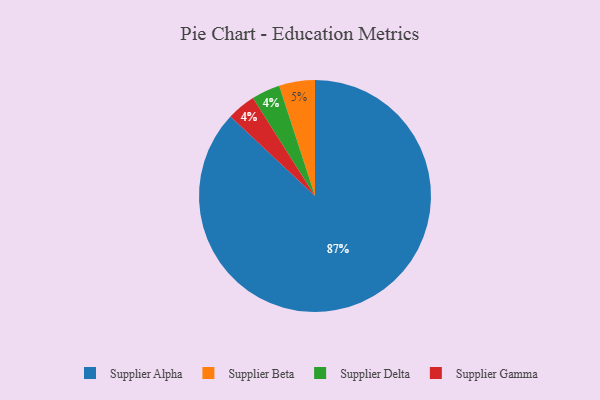
{"axis": {"x": "Category", "y": "Percentage"}, "legend": ["Supplier Alpha", "Supplier Beta", "Supplier Delta", "Supplier Gamma"], "data": [{"x": "Supplier Delta", "y": 4, "type": "Supplier Delta"}, {"x": "Supplier Alpha", "y": 87, "type": "Supplier Alpha"}, {"x": "Supplier Beta", "y": 5, "type": "Supplier Beta"}, {"x": "Supplier Gamma", "y": 4, "type": "Supplier Gamma"}]}